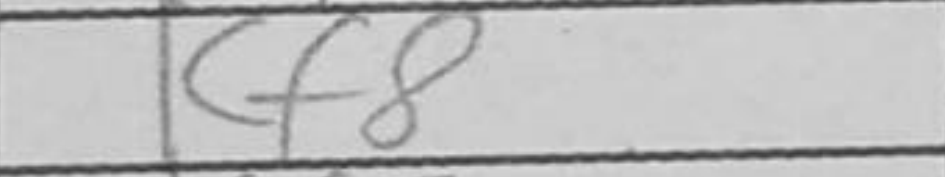
Transcription: Kf8